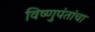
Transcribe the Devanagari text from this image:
विष्णुपंतांचा